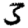
Digit: 3